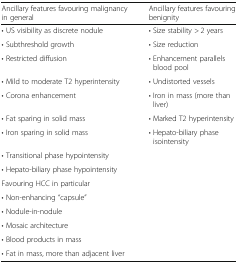
<table><thead><tr><td><b>Ancillary features favouring malignancy in general</b></td><td><b>Ancillary features favouring benignity</b></td></tr></thead><tbody><tr><td>• US visibility as discrete nodule</td><td>• Size stability &gt; 2 years</td></tr><tr><td>• Subthreshold growth</td><td>• Size reduction</td></tr><tr><td>• Restricted diffusion</td><td>• Enhancement parallels blood pool</td></tr><tr><td>• Mild to moderate T2 hyperintensity</td><td>• Undistorted vessels</td></tr><tr><td>• Corona enhancement</td><td>• Iron in mass (more than liver)</td></tr><tr><td>• Fat sparing in solid mass</td><td>• Marked T2 hyperintensity</td></tr><tr><td>• Iron sparing in solid mass</td><td>• Hepato-biliary phase isointensity</td></tr><tr><td>• Transitional phase hypointensity</td><td></td></tr><tr><td>• Hepato-biliary phase hypointensity</td><td></td></tr><tr><td colspan="2">Favouring HCC in particular</td></tr><tr><td>• Non-enhancing “capsule”</td><td></td></tr><tr><td>• Nodule-in-nodule</td><td></td></tr><tr><td>• Mosaic architecture</td><td></td></tr><tr><td>• Blood products in mass</td><td></td></tr><tr><td>• Fat in mass, more than adjacent liver</td><td></td></tr></tbody></table>